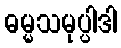
ဓမ္မသမုပ္ပါဒါ